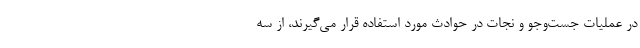
در عملیات جست‌وجو و نجات در حوادث مورد استفاده قرار می‌گیرند، از سه